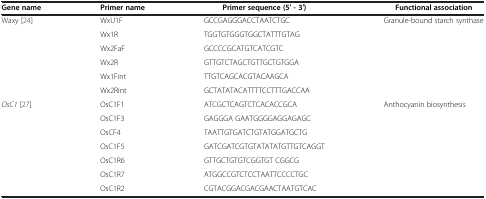
<table><thead><tr><td><b>Gene name</b></td><td><b>Primer name</b></td><td><b>Primer sequence (5′ - 3′)</b></td><td><b>Functional association</b></td></tr></thead><tbody><tr><td rowspan="6">Waxy [24]</td><td>WxU1F</td><td>GCCGAGGGACCTAATCTGC</td><td>Granule-bound starch synthase</td></tr><tr><td>Wx1R</td><td>TGGTGTGGGTGGCTATTTGTAG</td><td> </td></tr><tr><td>Wx2FaF</td><td>GCCCCGCATGTCATCGTC</td><td> </td></tr><tr><td>Wx2R</td><td>GTTGTCTAGCTGTTGCTGTGGA</td><td> </td></tr><tr><td>Wx1Fint</td><td>TTGTCAGCACGTACAAGCA</td><td> </td></tr><tr><td>Wx2Rint</td><td>GCTATATACATTTTCCTTTGACCAA</td><td> </td></tr><tr><td rowspan="7"><i>OsC1</i>[27]</td><td>OsC1F1</td><td>ATCGCTCAGTCTCACACCGCA</td><td>Anthocyanin biosynthesis</td></tr><tr><td>OsC1F3</td><td>GAGGGA GAATGGGGAGGAGAGC</td><td> </td></tr><tr><td>OsCF4</td><td>TAATTGTGATCTGTATGGATGCTG</td><td> </td></tr><tr><td>OsC1F5</td><td>GATCGATCGTGTATATATGTTGTCAGGT</td><td> </td></tr><tr><td>OsC1R6</td><td>GTTGCTGTGTCGGTGT CGGCG</td><td> </td></tr><tr><td>OsC1R7</td><td>ATGGCCGTCTCCTAATTCCCCTGC</td><td> </td></tr><tr><td>OsC1R2</td><td>CGTACGGACGACGAACTAATGTCAC</td><td> </td></tr></tbody></table>